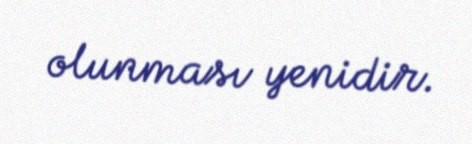
olunması yenidir.